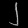
Digit: ၂